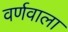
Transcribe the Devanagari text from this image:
वर्णवाला